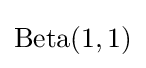
{\rm {Beta}}(1,1)